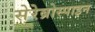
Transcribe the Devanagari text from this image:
सेरेब्रोस्पाइन